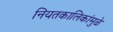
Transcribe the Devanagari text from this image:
नियतकालिकांमुळे